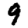
Digit: 9